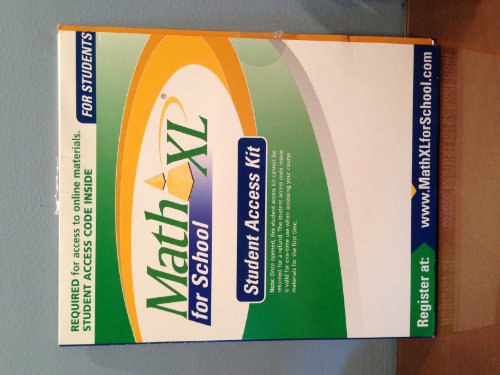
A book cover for Math XL for School; Author; Business & Money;